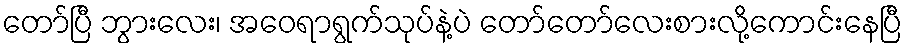
တော်ပြီ ဘွားလေး၊ အဝေရာရွက်သုပ်နဲ့ပဲ တော်တော်လေးစားလို့ကောင်းနေပြီ